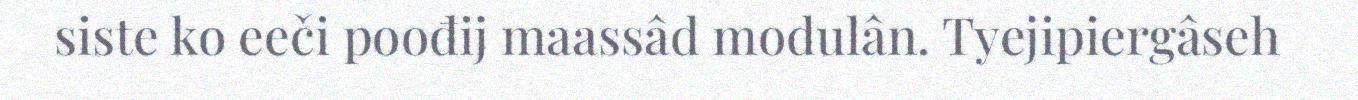
siste ko eeči poođij maassâd modulân. Tyejipiergâseh